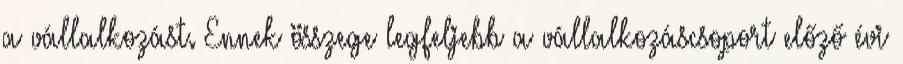
a vállalkozást. Ennek összege legfeljebb a vállalkozáscsoport előző évi